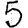
Digit: 5